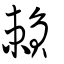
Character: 賴